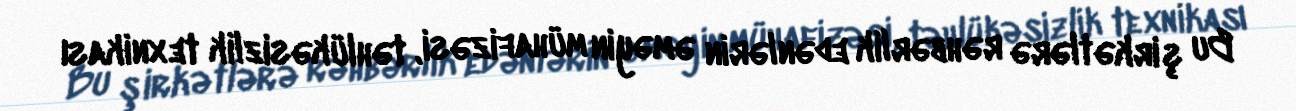
Bu şirkətlərə rəhbərlik edənlərin əməyin mühafizəsi, təhlükəsizlik texnikası